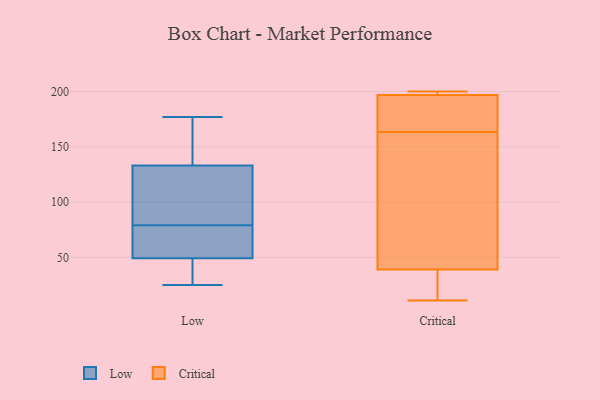
{"axis": {"x": "Waste Production (Tons)", "y": "Value"}, "legend": ["Critical", "Low"], "data": [{"x": "", "y": 30, "type": "Low"}, {"x": "", "y": 166, "type": "Low"}, {"x": "", "y": 70, "type": "Low"}, {"x": "", "y": 79, "type": "Low"}, {"x": "", "y": 49, "type": "Low"}, {"x": "", "y": 133, "type": "Low"}, {"x": "", "y": 177, "type": "Low"}, {"x": "", "y": 50, "type": "Low"}, {"x": "", "y": 25, "type": "Low"}, {"x": "", "y": 130, "type": "Low"}, {"x": "", "y": 133, "type": "Low"}, {"x": "", "y": 197, "type": "Critical"}, {"x": "", "y": 168, "type": "Critical"}, {"x": "", "y": 159, "type": "Critical"}, {"x": "", "y": 197, "type": "Critical"}, {"x": "", "y": 39, "type": "Critical"}, {"x": "", "y": 200, "type": "Critical"}, {"x": "", "y": 11, "type": "Critical"}, {"x": "", "y": 191, "type": "Critical"}, {"x": "", "y": 35, "type": "Critical"}, {"x": "", "y": 115, "type": "Critical"}]}